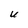
Character: U